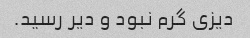
دیزی گرم نبود و دیر رسید.